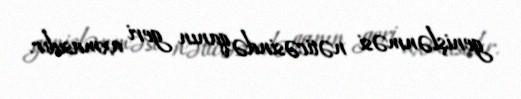
genişlənməsi nəticəsində qanın geri axmasıdır.